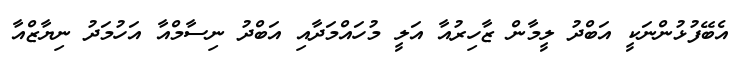
އެބޭފުޅުންނަކީ އަބްދު ލީމާން ޒާހިރުއާ އަލީ މުހައްމަދާއި އަބްދު ނިސާމްއާ އަހުމަދު ނިޔާޒްއާ